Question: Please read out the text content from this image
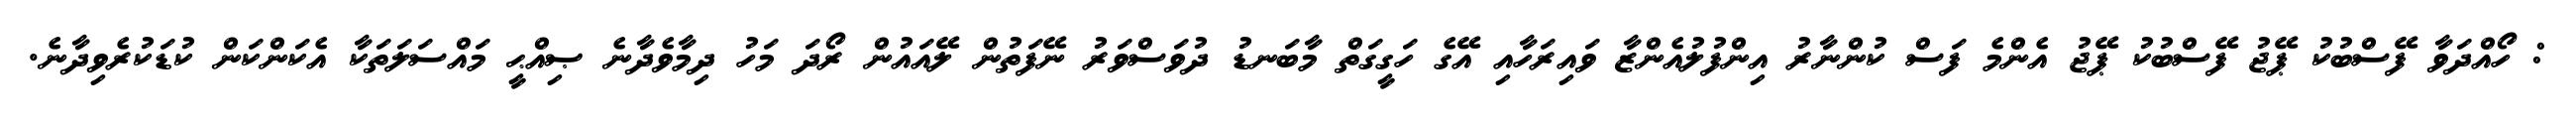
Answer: : ހޯއްދަވާ ފޭސްބުކު ޕޭޖު ފޭސްބުކު ޕޭޖު އެންމެ ފަސް ކުންނާރު އިންފުލުއެންޒާ ވައިރަހާއި އޭގެ ހަގީގަތް މާބަނޑު ދުވަސްވަރު ނޭފަތުން ލޭއައުން ރޯދަ މަހު ދިމާވެދާނެ ޞިއްޙީ މައްސަލަތަކާ އެކަންކަން ކުޑަކުރެވިދާނެ.